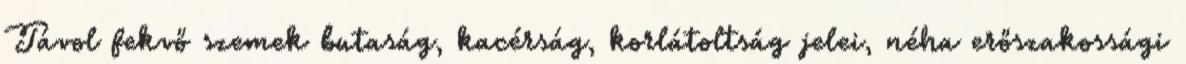
Távol fekvő szemek butaság, kacérság, korlátoltság jelei, néha erőszakossági